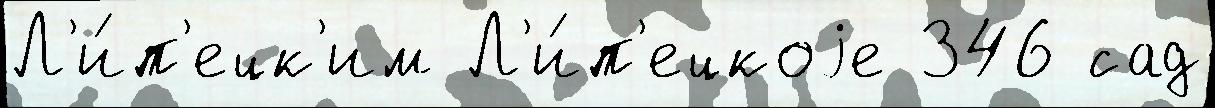
Л'и́п'ецк'им Л'и́п'ецкоjе 346 сад